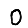
Digit: 0